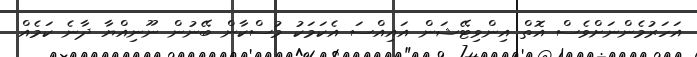
އަހަރުމެންނަށްވެސް އޮތް އިންވިޓޭޝަން އައިއްސަ އެކަމަކު މުސްކާން ބޭނުން ނޫނިއްޔާ ދާނެ ކަމެއް